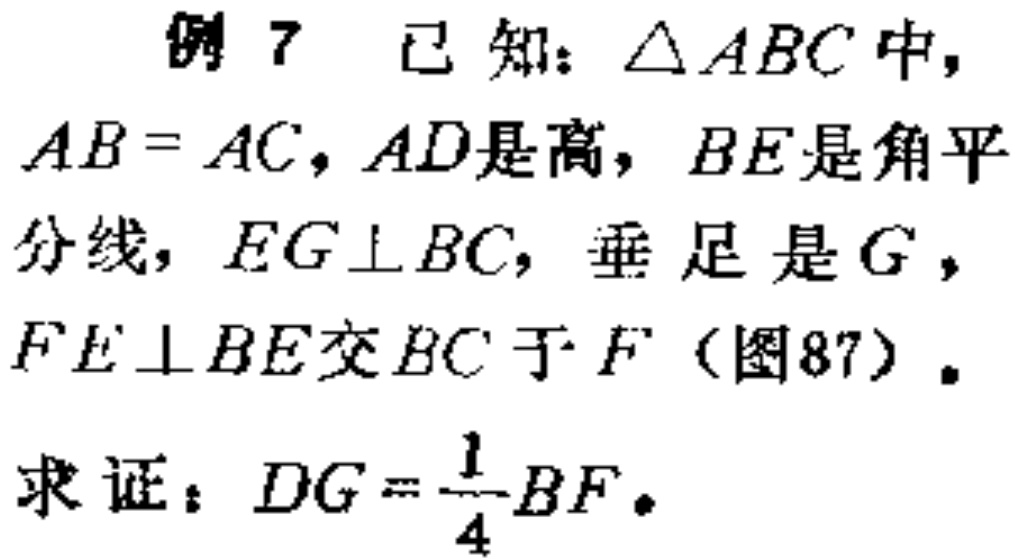
例7 已知：\(\triangle ABC\)中，\(AB = AC\)，\(AD\)是高，\(BE\)是角平分线，\(EG\perp BC\)，垂足是\(G\)，\(FE\perp BE\)交\(BC\)于\(F\)（图87）。

求证：\(DG=\frac{1}{4}BF\)。